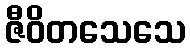
ဇီဝိတသေသေ